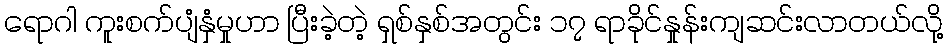
ရောဂါ ကူးစက်ပျံနှံမှုဟာ ပြီးခဲ့တဲ့ ရှစ်နှစ်အတွင်း ၁၇ ရာခိုင်နှုန်းကျဆင်းလာတယ်လို့